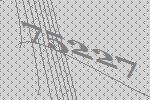
75227